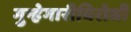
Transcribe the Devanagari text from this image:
गुन्हेगारीविरोधी